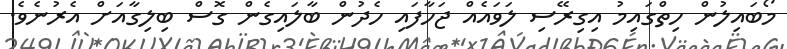
މޯބައިލުން ހިތްގައިމު އިގިރޭސި ލަވައެއް ޖަހާފައި ހެދުން ބާލައިގެން ގޮސް ބިލިގާއަށް އެރުނެވެ.